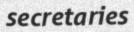
secretaries